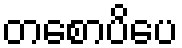
တစောပိပေ